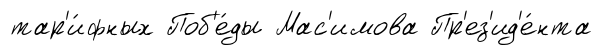
тар'и́фных Поб'е́ды Мас'имова Пр'ез'ид'е́нта